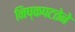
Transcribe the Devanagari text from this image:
निष्कपटतेने